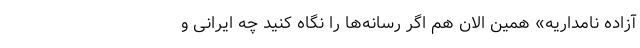
آزاده نامداریه» همین الان هم اگر رسانه‌ها را نگاه کنید چه ایرانی و